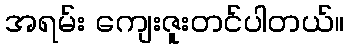
အရမ်း ကျေးဇူးတင်ပါတယ်။